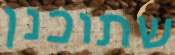
שתוכנן